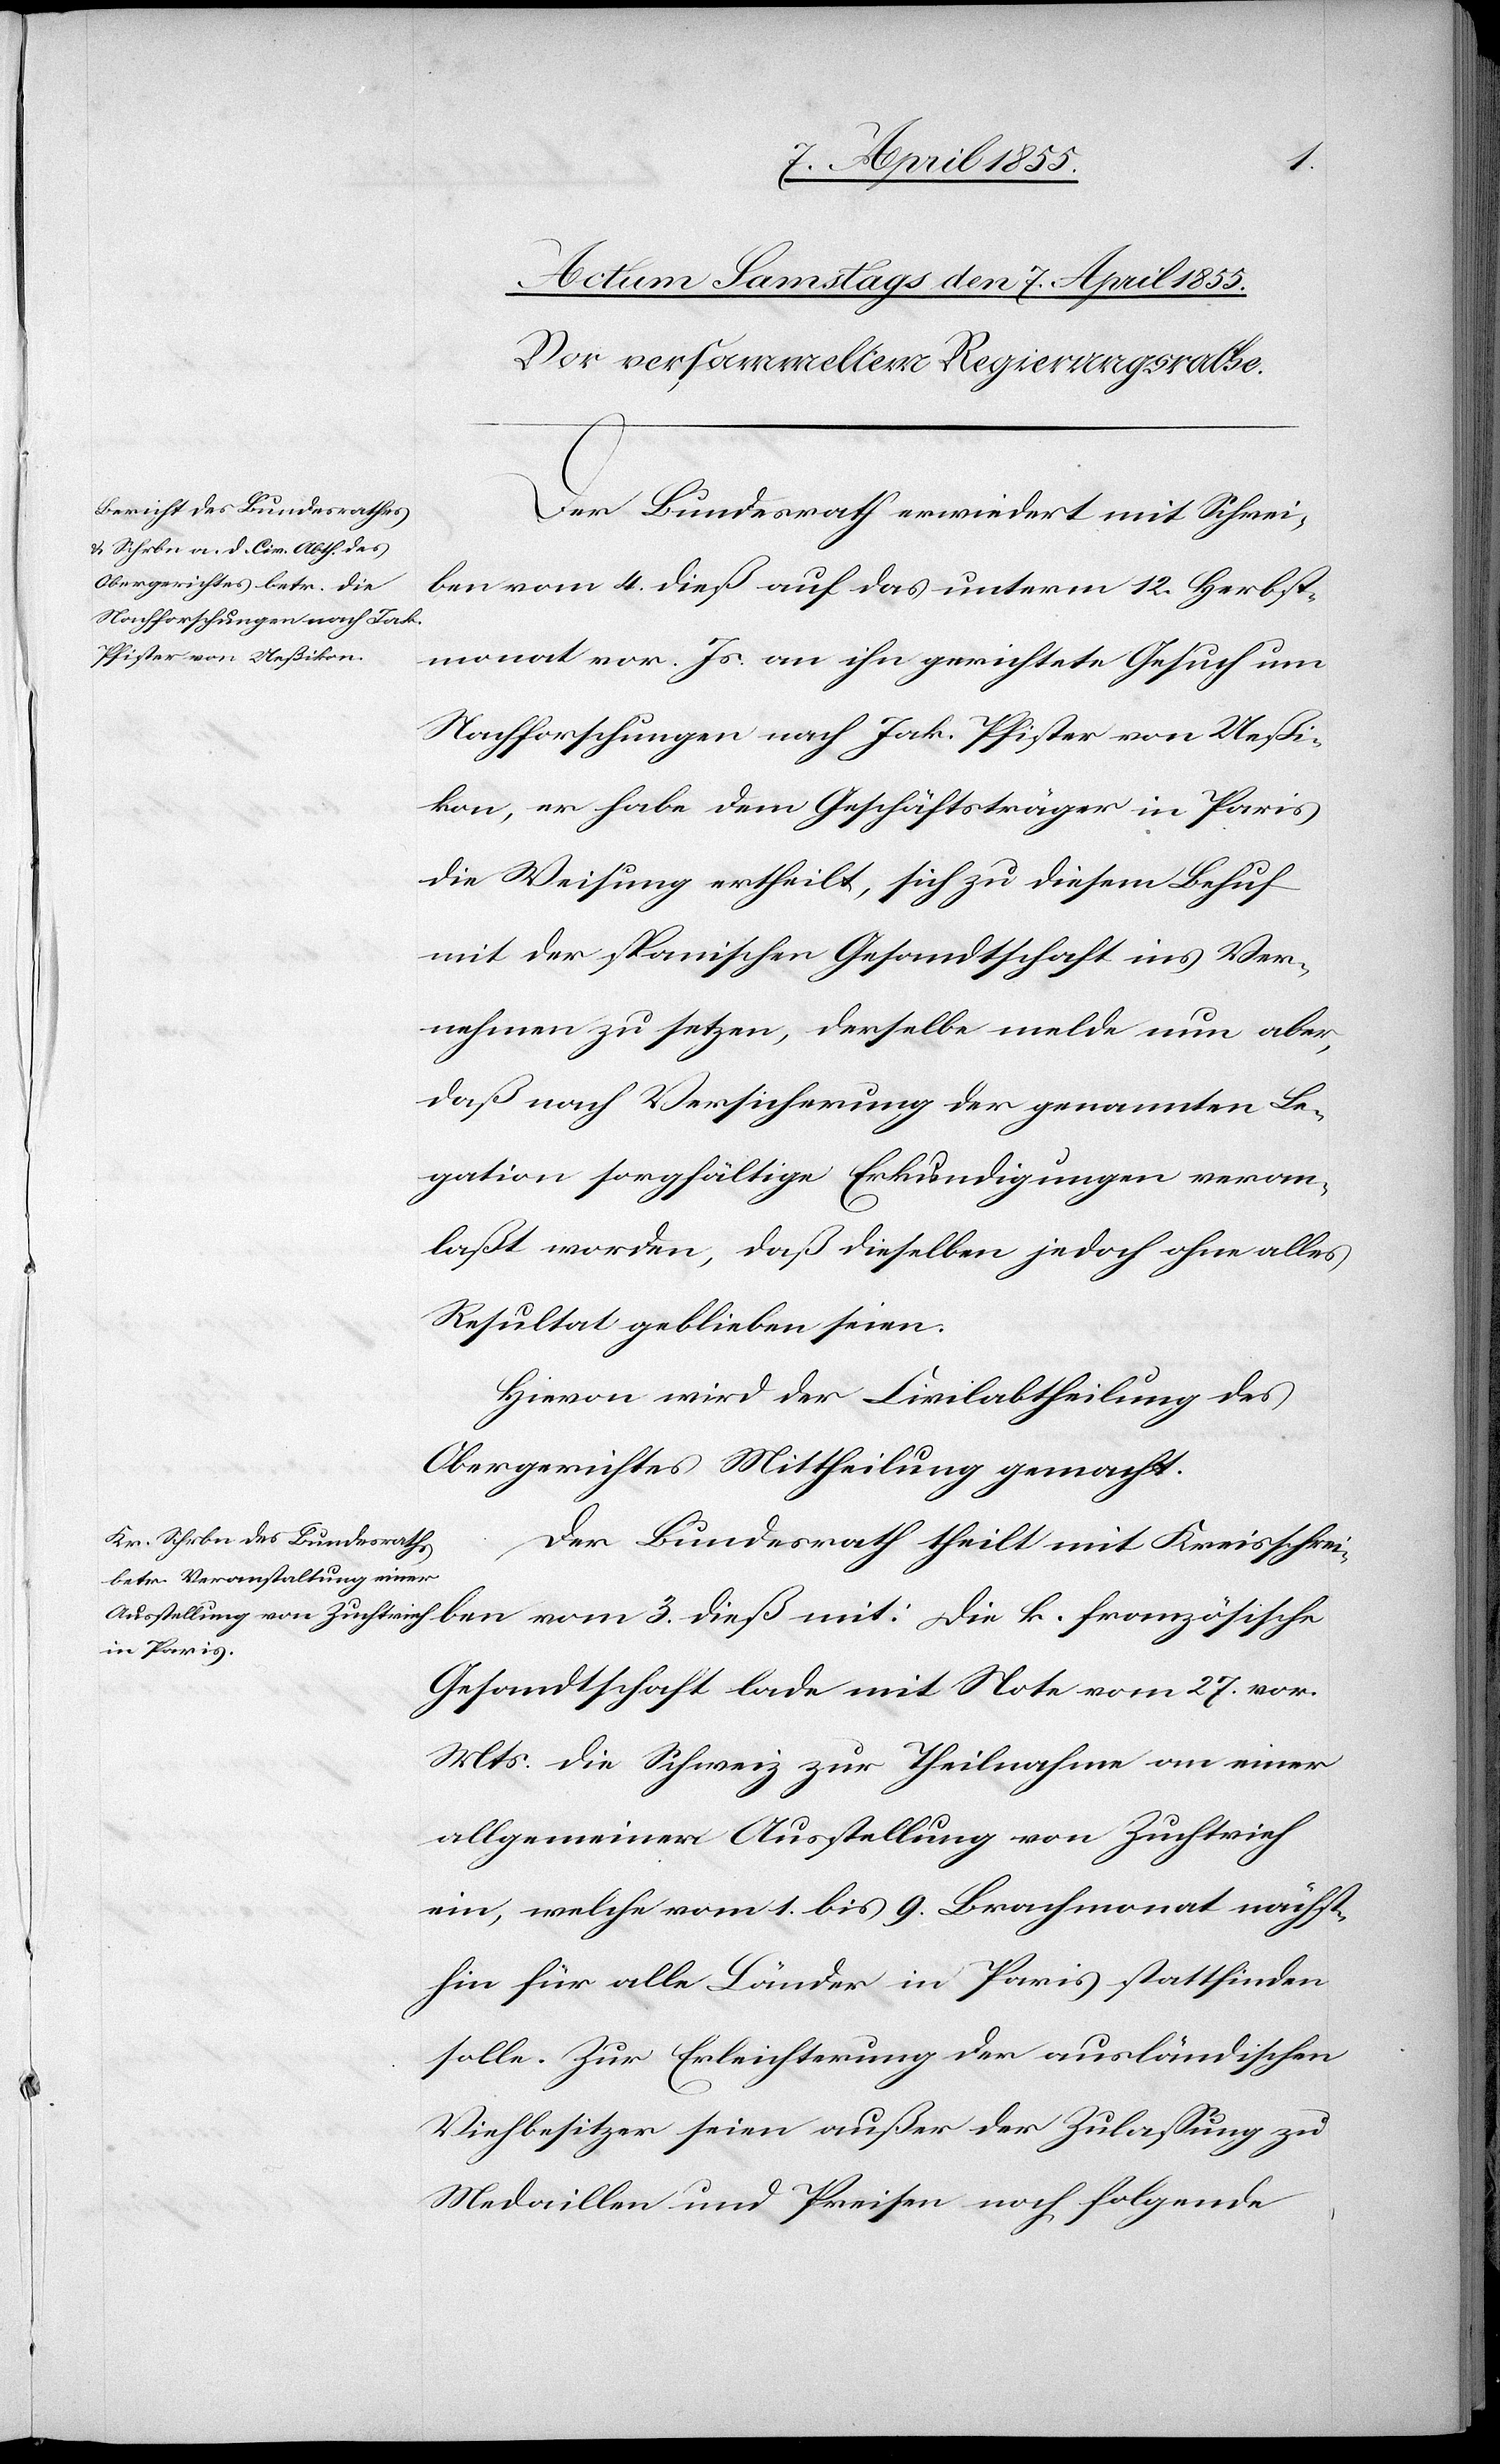
Der Bundesrath erwiedert mit Schrei¬
ben vom 4. dieß auf das unterm 12. Herbst¬
monat vor. Js. an ihn gerichtete Gesuch um
Nachforschungen nach Jak. Pfister von Ueßi¬
kon, er habe dem Geschäftsträger in Paris
die Weisung ertheilt, sich zu diesem Behuf
mit der spanischen Gesandtschaft ins Ver¬
nehmen zu setzen, derselbe melde nun aber,
daß nach Versicherung der genannten Le¬
gation sorgfältige Erkundigungen veran¬
laßt worden, daß dieselben jedoch ohne alles
Resultat geblieben seien.
Hievon wird der Civilabtheilung des
Obergerichtes Mittheilung gemacht.
Der Bundesrath theilt mit Kreisschrei¬
Gesandtschaft lade mit Note vom 27. vor.
Mts. die Schweiz zur Theilnahme an einer
allgemeinen Ausstellung von Zuchtvieh
ein, welche vom 1. bis 9. Brachmonat nächst¬
hin für alle Länder in Paris stattfinden
solle. Zur Erleichterung der ausländischen
Viehbesitzer seien außer der Zulassung zu
Medaillen und Preisen noch folgende

k.